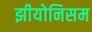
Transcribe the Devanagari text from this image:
झीयोनिसम